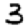
Digit: 3